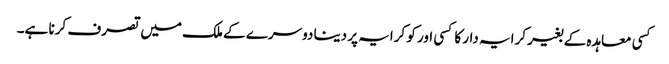
کسی معاہدہ کے بغیر کرایہ دار کا کسی اور کو کرایہ پر دینا دوسرے کے ملک میں تصرف کرنا ہے۔